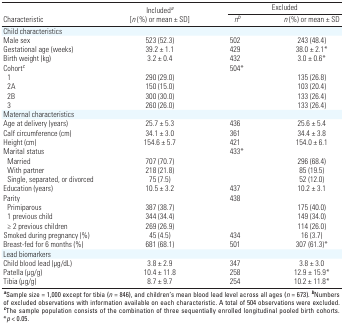
<table><thead><tr><td rowspan="2"><b>Included<i>a</i> [<i>n</i> (%) or mean ± SD]</b></td><td colspan="3"><b>Excluded</b></td></tr><tr><td><b>Characteristic</b></td><td><b><i>nb</i></b></td><td><b><i>n</i> (%) or mean ± SD</b></td></tr></thead><tbody><tr><td>Child characteristics</td><td></td><td></td><td></td><td></td><td></td><td></td></tr><tr><td>Male sex </td><td></td><td>523 (52.3)</td><td></td><td>502</td><td></td><td>243 (48.4)</td></tr><tr><td>Gestational age (weeks)</td><td></td><td>39.2 ± 1.1</td><td></td><td>429</td><td></td><td>38.0 ± 2.1*</td></tr><tr><td>Birth weight (kg)</td><td></td><td>3.2 ± 0.4</td><td></td><td>432</td><td></td><td>3.0 ± 0.6*</td></tr><tr><td>Cohort<i>c</i></td><td></td><td></td><td></td><td>504*</td><td></td><td></td></tr><tr><td>1</td><td></td><td>290 (29.0)</td><td></td><td></td><td></td><td>135 (26.8)</td></tr><tr><td>2A</td><td></td><td>150 (15.0)</td><td></td><td></td><td></td><td>103 (20.4)</td></tr><tr><td>2B</td><td></td><td>300 (30.0)</td><td></td><td></td><td></td><td>133 (26.4)</td></tr><tr><td>3</td><td></td><td>260 (26.0)</td><td></td><td></td><td></td><td>133 (26.4)</td></tr><tr><td>Maternal characteristics</td><td></td><td></td><td></td><td></td><td></td><td></td></tr><tr><td>Age at delivery (years)</td><td></td><td>25.7 ± 5.3</td><td></td><td>436</td><td></td><td>25.6 ± 5.4</td></tr><tr><td>Calf circumference (cm)</td><td></td><td>34.1 ± 3.0</td><td></td><td>361</td><td></td><td>34.4 ± 3.8</td></tr><tr><td>Height (cm)</td><td></td><td>154.6 ± 5.7</td><td></td><td>421</td><td></td><td>154.0 ± 6.1</td></tr><tr><td>Marital status</td><td></td><td></td><td></td><td>433*</td><td></td><td></td></tr><tr><td>Married</td><td></td><td>707 (70.7)</td><td></td><td></td><td></td><td>296 (68.4)</td></tr><tr><td>With partner</td><td></td><td>218 (21.8)</td><td></td><td></td><td></td><td>85 (19.5)</td></tr><tr><td>Single, separated, or divorced</td><td></td><td>75 (7.5)</td><td></td><td></td><td></td><td>52 (12.0)</td></tr><tr><td>Education (years)</td><td></td><td>10.5 ± 3.2</td><td></td><td>437</td><td></td><td>10.2 ± 3.1</td></tr><tr><td>Parity</td><td></td><td></td><td></td><td>438</td><td></td><td></td></tr><tr><td>Primiparous</td><td></td><td>387 (38.7)</td><td></td><td></td><td></td><td>175 (40.0)</td></tr><tr><td>1 previous child</td><td></td><td>344 (34.4)</td><td></td><td></td><td></td><td>149 (34.0)</td></tr><tr><td>≥ 2 previous children</td><td></td><td>269 (26.9)</td><td></td><td></td><td></td><td>114 (26.0)</td></tr><tr><td>Smoked during pregnancy (%)</td><td></td><td>45 (4.5)</td><td></td><td>434</td><td></td><td>16 (3.7)</td></tr><tr><td>Breast-fed for 6 months (%)</td><td></td><td>681 (68.1)</td><td></td><td>501</td><td></td><td>307 (61.3)*</td></tr><tr><td>Lead biomarkers</td><td></td><td></td><td></td><td></td><td></td><td></td></tr><tr><td>Child blood lead (μg/dL)</td><td></td><td>3.8 ± 2.9</td><td></td><td>347</td><td></td><td>3.8 ± 3.0</td></tr><tr><td>Patella (μg/g)</td><td></td><td>10.4 ± 11.8</td><td></td><td>258</td><td></td><td>12.9 ± 15.9*</td></tr><tr><td>Tibia (μg/g)</td><td></td><td>8.7 ± 9.7</td><td></td><td>254</td><td></td><td>10.2 ± 11.8*</td></tr><tr><td colspan="7"><b>a</b>Sample size = 1,000 except for tibia (<i>n</i> =846), and children’s mean blood lead level across all ages (<i>n</i> =673). <b>b</b>Numbers of excluded observations with informationavailable on each characteristic. A total of 504 observations wereexcluded. <b>c</b>The sample population consists of the combination ofthree sequentially enrolled longitudinal pooled birth cohorts. *<i>p</i>&lt; 0.05. </td></tr></tbody></table>